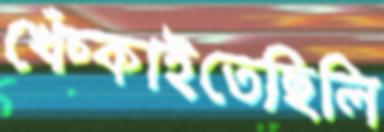
খেঁচ্‌কাইতেছিলি